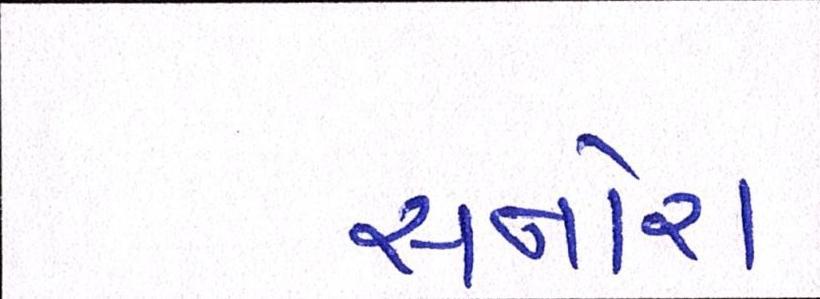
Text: સનોરા